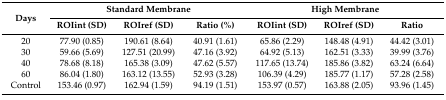
<table><thead><tr><td rowspan="2"><b>Days</b></td><td colspan="3"><b>Standard Membrane</b></td><td colspan="3"><b>High Membrane</b></td></tr><tr><td><b>ROIint (SD)</b></td><td><b>ROIref (SD)</b></td><td><b>Ratio (%)</b></td><td><b>ROIint (SD)</b></td><td><b>ROIref (SD)</b></td><td><b>Ratio</b></td></tr></thead><tbody><tr><td>20</td><td>77.90 (0.85)</td><td>190.61 (8.64)</td><td>40.91 (1.61)</td><td>65.86 (2.29)</td><td>148.48 (4.91)</td><td>44.42 (3.01)</td></tr><tr><td>30</td><td>59.66 (5.69)</td><td>127.51 (20.99)</td><td>47.16 (3.92)</td><td>64.92 (5.13)</td><td>162.51 (3.33)</td><td>39.99 (3.76)</td></tr><tr><td>40</td><td>78.68 (8.18)</td><td>165.38 (3.09)</td><td>47.62 (5.57)</td><td>117.65 (13.74)</td><td>185.86 (3.82)</td><td>63.24 (6.64)</td></tr><tr><td>60</td><td>86.04 (1.80)</td><td>163.12 (13.55)</td><td>52.93 (3.28)</td><td>106.39 (4.29)</td><td>185.77 (1.17)</td><td>57.28 (2.58)</td></tr><tr><td>Control</td><td>153.46 (0.97)</td><td>162.94 (1.59)</td><td>94.19 (1.51)</td><td>153.97 (0.57)</td><td>163.88 (2.05)</td><td>93.96 (1.45)</td></tr></tbody></table>